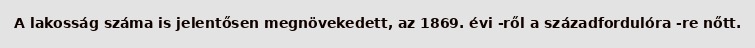
A lakosság száma is jelentősen megnövekedett, az 1869. évi -ről a századfordulóra -re nőtt.